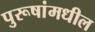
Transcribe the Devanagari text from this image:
पुरूषांमधील